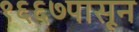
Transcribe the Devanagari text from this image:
१६६७पासून